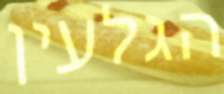
הגלעין